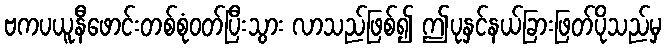
ဗကပယူနီဖောင်းတစ်စုံဝတ်ပြီးသွား လာသည်ဖြစ်၍ ဤပုနှင်နယ်ခြားဖြတ်ပိုသည်မှ